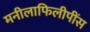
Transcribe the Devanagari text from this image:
मनीलाफिलीपींस